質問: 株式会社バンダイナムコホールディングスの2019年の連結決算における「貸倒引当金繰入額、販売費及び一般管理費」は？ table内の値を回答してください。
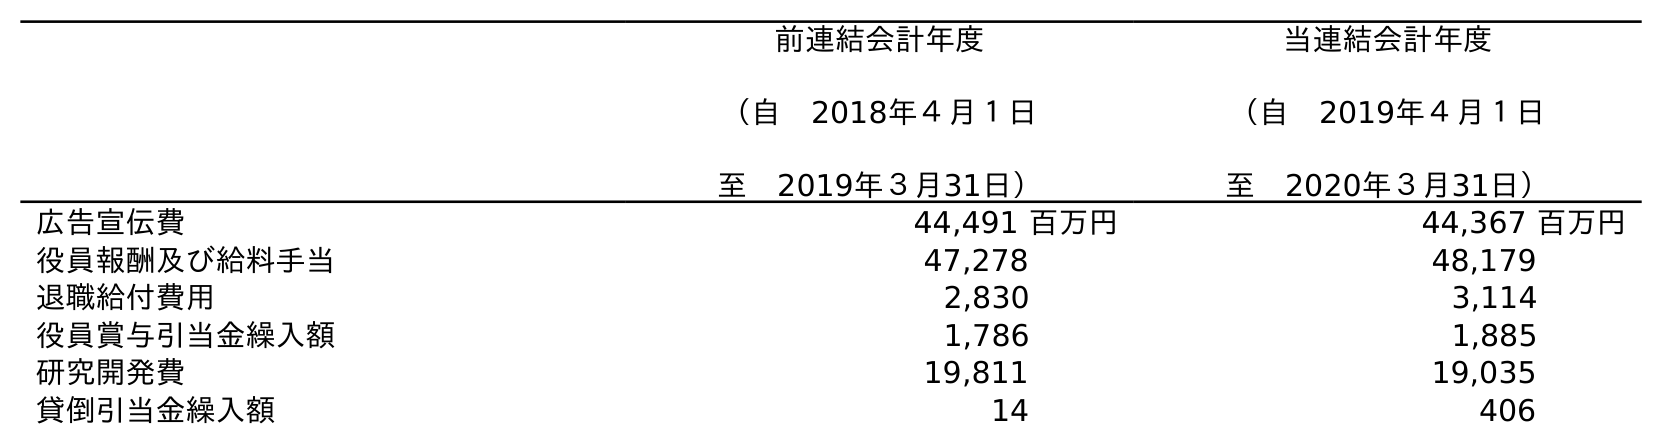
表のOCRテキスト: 前連結会計年度 （自 2018年４月１日 至 2019年３月31日） 当連結会計年度 （自 2019年４月１日 至 2020年３月31日） 広告宣伝費 44,491 百万円 44,367 百万円 役員報酬及び給料手当 47,278 48,179 退職給付費用 2,830 3,114 役員賞与引当金繰入額 1,786 1,885 研究開発費 19,811 19,035 貸倒引当金繰入額 14 406
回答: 14